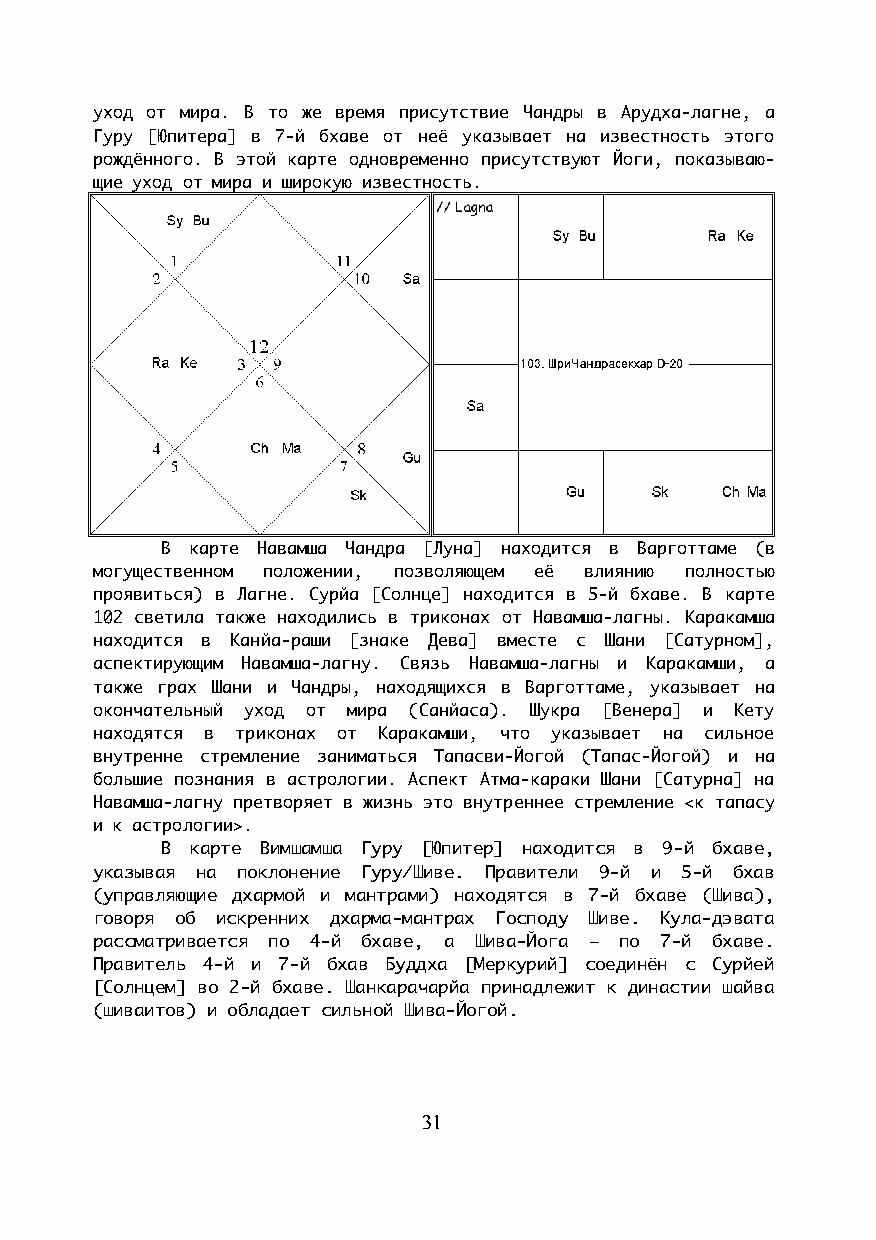
уход от мира. В то же время присутствие Чандры в Арудха-лагне, а
 Гуру [Юпитера] в 7-й бхаве от неё указывает на известность этого
 рождённого. В этой карте одновременно присутствуют Йоги, показываю-
 щие уход от мира и широкую известность.
 В карте Навамша Чандра [Луна] находится в Варготтаме (в
 могущественном положении, позволяющем её влиянию полностью
 проявиться) в Лагне. Сурйа [Солнце] находится в 5-й бхаве. В карте
 102 светила также находились в триконах от Навамша-лагны. Каракамша
 находится в Канйа-раши [знаке Дева] вместе с Шани [Сатурном],
 аспектирующим Навамша-лагну. Связь Навамша-лагны и Каракамши, а
 также грах Шани и Чандры, находящихся в Варготтаме, указывает на
 окончательный уход от мира (Санйаса). Шукра [Венера] и Кету
 находятся в триконах от Каракамши, что указывает на сильное
 внутренне стремление заниматься Тапасви-Йогой (Тапас-Йогой) и на
 большие познания в астрологии. Аспект Атма-караки Шани [Сатурна] на
 Навамша-лагну претворяет в жизнь это внутреннее стремление <к тапасу
 и к астрологии>.
 В карте Вимшамша Гуру [Юпитер] находится в 9-й бхаве,
 указывая на поклонение Гуру/Шиве. Правители 9-й и 5-й бхав
 (управляющие дхармой и мантрами) находятся в 7-й бхаве (Шива),
 говоря об искренних дхарма-мантрах Господу Шиве. Кула-дэвата
 рассматривается по 4-й бхаве, а Шива-Йога – по 7-й бхаве.
 Правитель 4-й и 7-й бхав Буддха [Меркурий] соединён с Сурйей
 [Солнцем] во 2-й бхаве. Шанкарачарйа принадлежит к династии шайва
 (шиваитов) и обладает сильной Шива-Йогой.
 31